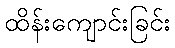
ထိန်းကျောင်းခြင်း